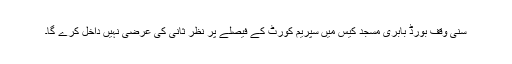
سنی وقف بورڈ بابری مسجد کیس میں سپریم کورٹ کے فیصلے پر نظر ثانی کی عرضی نہیں داخل کرے گا۔